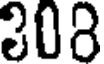
308